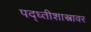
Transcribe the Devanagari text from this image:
पद्ध्तीशास्त्रावर